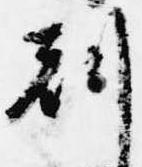
刻